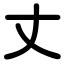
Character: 丈